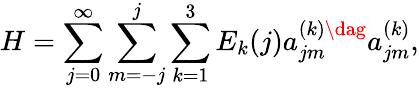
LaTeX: H=\sum_{j=0}^{\infty}\sum_{m=-j}^{j}\sum_{k=1}^{3}E_{k}(j)a_{jm}^{(k)\dag}a_{jm}^{(k)},